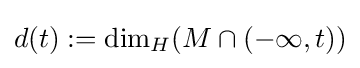
d(t):=\dim _{H}(M\cap (-\infty ,t))